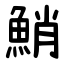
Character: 鮹